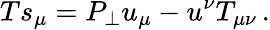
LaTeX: Ts_{\mu}=P_{\perp}u_{\mu}-u^{\nu}T_{\mu\nu}\, .